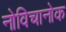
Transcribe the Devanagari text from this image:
नोविचानोक